DOW-UAP-D48, Department of the Air Force Report, 1996
Agency: Department of War
Incident date: 9/10/96
Page 11
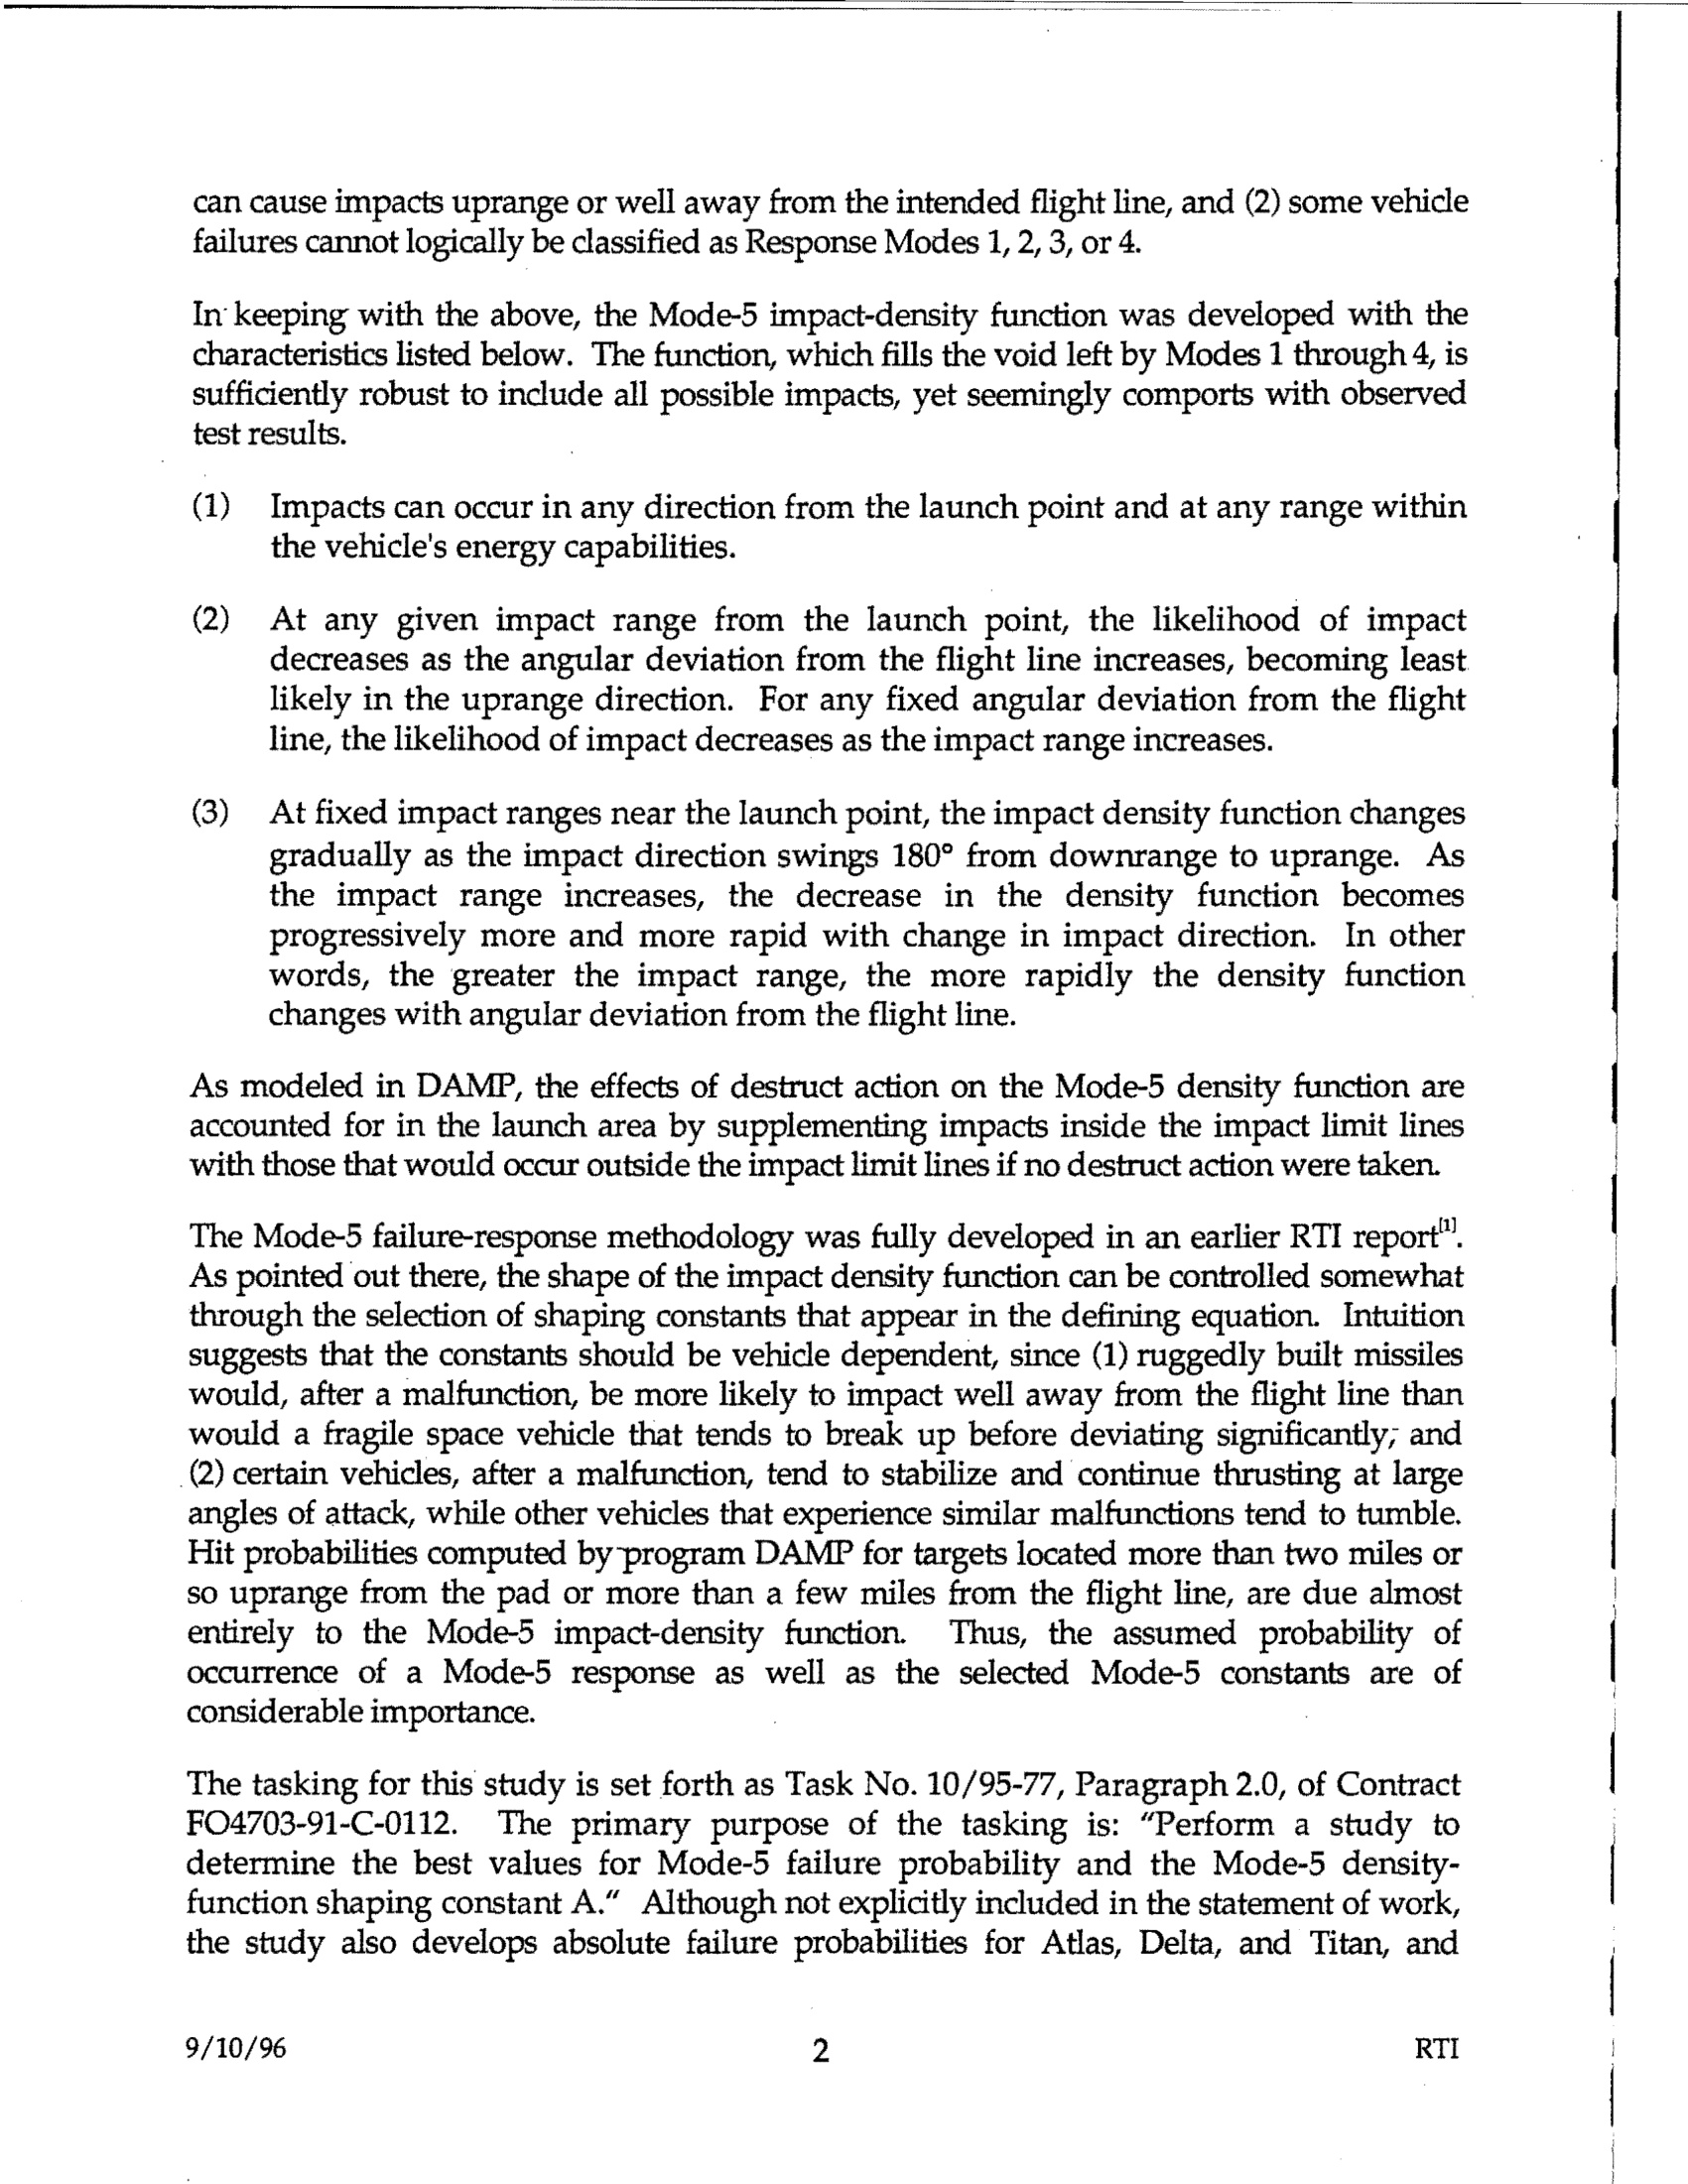